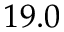
1 9 . 0